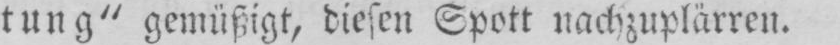
tung“ gemüßigt, diesen Spott nachzuplärren.